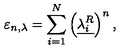
\varepsilon _ { n , \lambda } = \sum _ { i = 1 } ^ { N } \left( \underline { { \lambda _ { i } ^ { R } } } \right) ^ { n } ,